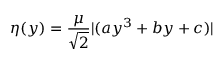
\eta ( y ) = \frac { \mu } { \sqrt { 2 } } | ( a y ^ { 3 } + b y + c ) |